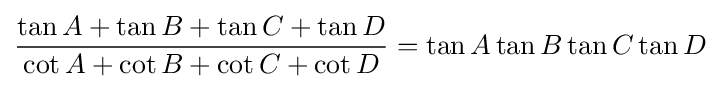
{\frac {\tan A+\tan B+\tan C+\tan D}{\cot A+\cot B+\cot C+\cot D}}=\tan {A}\tan {B}\tan {C}\tan {D}